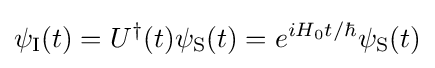
\psi _{\rm {I}}(t)=U^{\dagger }(t)\psi _{\rm {S}}(t)=e^{iH_{0}t/\hbar }\psi _{\rm {S}}(t)